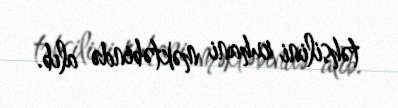
təhsilini ruhani məktəbində alıb.